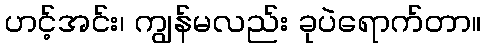
ဟင့်အင်း၊ ကျွန်မလည်း ခုပဲရောက်တာ။